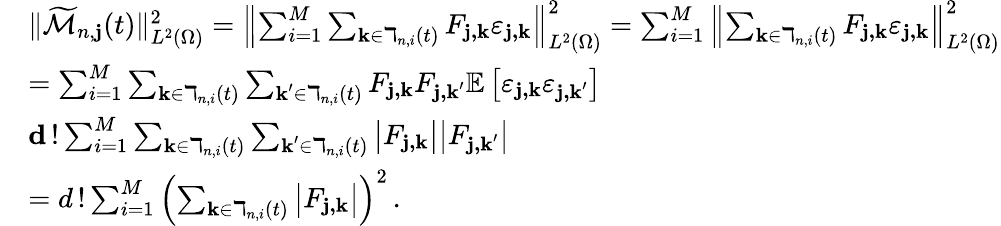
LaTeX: \begin{array}{rl}&{\| \widetilde{\mathcal{M}}_{n,\mathbf{j}}(t)\| _{L^{2}(\Omega)}^{2}=\left\| \sum_{i=1}^{M}\sum_{\textbf{k}\in\daleth_{n,i}(t)}F_{\textbf{j,k}}\varepsilon_{\textbf{j,k}}\right\| _{L^{2}(\Omega)}^{2}=\sum_{i=1}^{M}\left\| \sum_{\textbf{k}\in\daleth_{n,i}(t)}F_{\textbf{j,k}}\varepsilon_{\textbf{j,k}}\right\| _{L^{2}(\Omega)}^{2}}\\ &{=\sum_{i=1}^{M}\sum_{\textbf{k}\in\daleth_{n,i}(t)}\sum_{\textbf{k}^{\prime}\in\daleth_{n,i}(t)}F_{\textbf{j,k}}F_{\textbf{j,k}^{\prime}}\mathbb{E}\left[\varepsilon_{\textbf{j,k}}\varepsilon_{\textbf{j,k}^{\prime}}\right]}\\ &{\le d\, !\sum_{i=1}^{M}\sum_{\textbf{k}\in\daleth_{n,i}(t)}\sum_{\textbf{k}^{\prime}\in\daleth_{n,i}(t)}\big|F_{\textbf{j,k}}\big|\big|F_{\textbf{j,k}^{\prime}}\big|}\\ &{=d\, !\sum_{i=1}^{M}\left(\sum_{\textbf{k}\in\daleth_{n,i}(t)}\big|F_{\textbf{j,k}}\big|\right)^{2}\, .}\end{array}